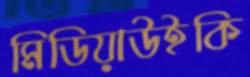
মিডিয়াউইকি